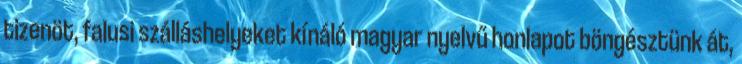
tizenöt, falusi szálláshelyeket kínáló magyar nyelvű honlapot böngésztünk át,